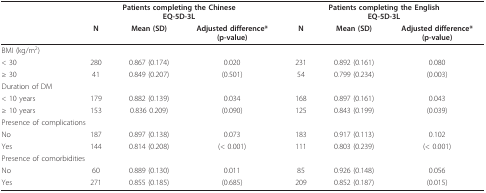
|  | <COLSPAN=3> Patients completing the ChineseEQ-5D-3L | <COLSPAN=3> Patients completing the EnglishEQ-5D-3L |
 |  | N | Mean (SD) | Adjusted difference*(p-value) | N | Mean (SD) | Adjusted difference*(p-value) |
 | --- | --- | --- | --- | --- | --- | --- |
 | BMI (kg/m2) |  |  |  |  |  |  |
 | < 30 | 280 | 0.867 (0.174) | 0.020 | 231 | 0.892 (0.161) | 0.080 |
 | ≥ 30 | 41 | 0.849 (0.207) | (0.501) | 54 | 0.799 (0.234) | (0.003) |
 | Duration of DM |  |  |  |  |  |  |
 | < 10 years | 179 | 0.882 (0.139) | 0.034 | 168 | 0.897 (0.161) | 0.043 |
 | ≥ 10 years | 153 | 0.836 0.209) | (0.090) | 125 | 0.843 (0.199) | (0.039) |
 | <COLSPAN=3> Presence of complications |  |  |  |  |
 | No | 187 | 0.897 (0.138) | 0.073 | 183 | 0.917 (0.113) | 0.102 |
 | Yes | 144 | 0.814 (0.208) | (< 0.001) | 111 | 0.803 (0.239) | (< 0.001) |
 | <COLSPAN=3> Presence of comorbidities |  |  |  |  |
 | No | 60 | 0.889 (0.130) | 0.011 | 85 | 0.926 (0.148) | 0.056 |
 | Yes | 271 | 0.855 (0.185) | (0.685) | 209 | 0.852 (0.187) | (0.015) |